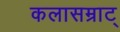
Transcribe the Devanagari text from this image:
कलासम्राट्